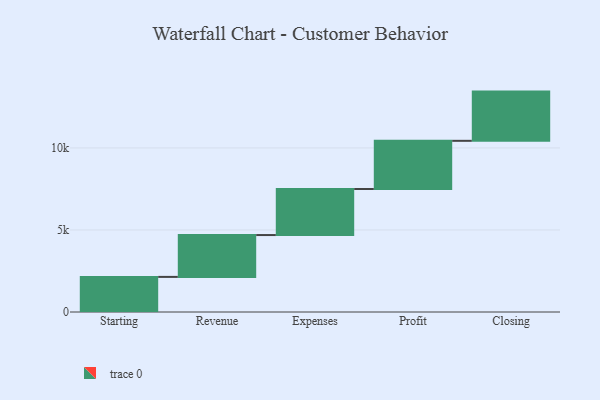
{"axis": {"x": "Step", "y": "Value"}, "legend": [""], "data": [{"x": "Starting", "y": 2139.0, "type": ""}, {"x": "Revenue", "y": 2551.0, "type": ""}, {"x": "Expenses", "y": 2806.0, "type": ""}, {"x": "Profit", "y": 2937.0, "type": ""}, {"x": "Closing", "y": 3000, "type": ""}]}